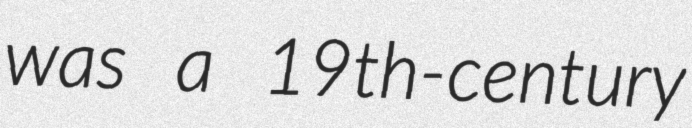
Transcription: was a 19th-century